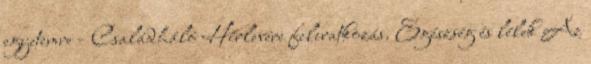
egyetemre - Családháló Hírlevére feliratkozás. Egészség és lélek Az